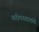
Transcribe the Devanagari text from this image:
करीमनगरमध्ये